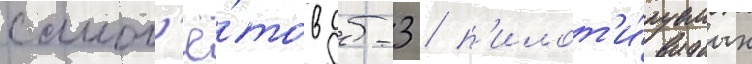
самол'ё́тов дб-3 / п'илот'и́руемых